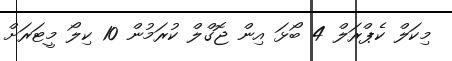
މިކަލް ކެޕްރަލް 4 ބޯޅަ އިން ޖޮގްލް ކުރަމުން 10 ކިލޯ މީޓަރަށް